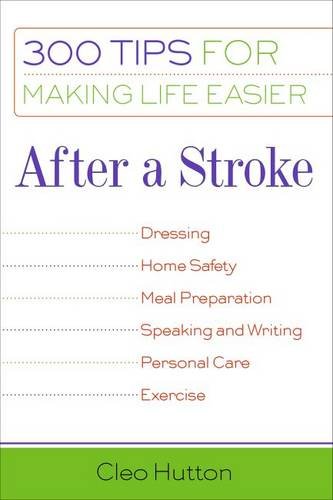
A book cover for After a Stroke: 300 Tips for Making Life Easier; Cleo Hutton; Health, Fitness & Dieting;